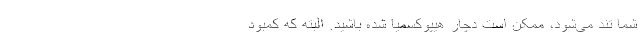
شما تند می‌شود، ممکن است دچار هیپوکسمیا شده باشید. البته که کمبود